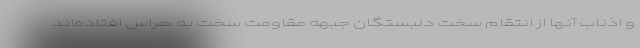
و اذناب آنها از انتقام سخت دلبستگان جبهه مقاومت سخت به هراس افتاده‌اند